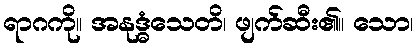
ရာဂကို။ အနုဒ္ဓံသေတိ၊ ဖျက်ဆီး၏။ သော၊